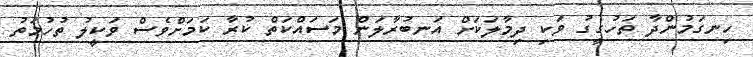
ހިނގަމުންދާ ތަހުގީގު ވަކި ދިމާލަކަށް އަނބުރާލަން މަސައްކަތް ކުރާ ކަމަށްވެސް ވަކީލު ތުހުމަތު